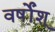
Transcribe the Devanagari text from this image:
वर्षोंश्